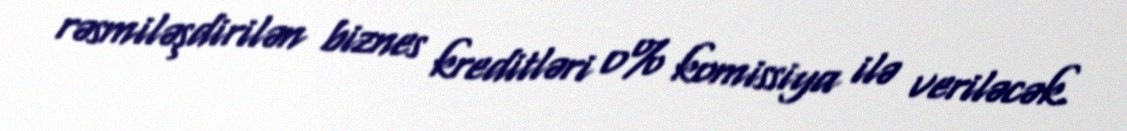
rəsmiləşdirilən biznes kreditləri 0% komissiya ilə veriləcək.